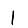
Digit: 1